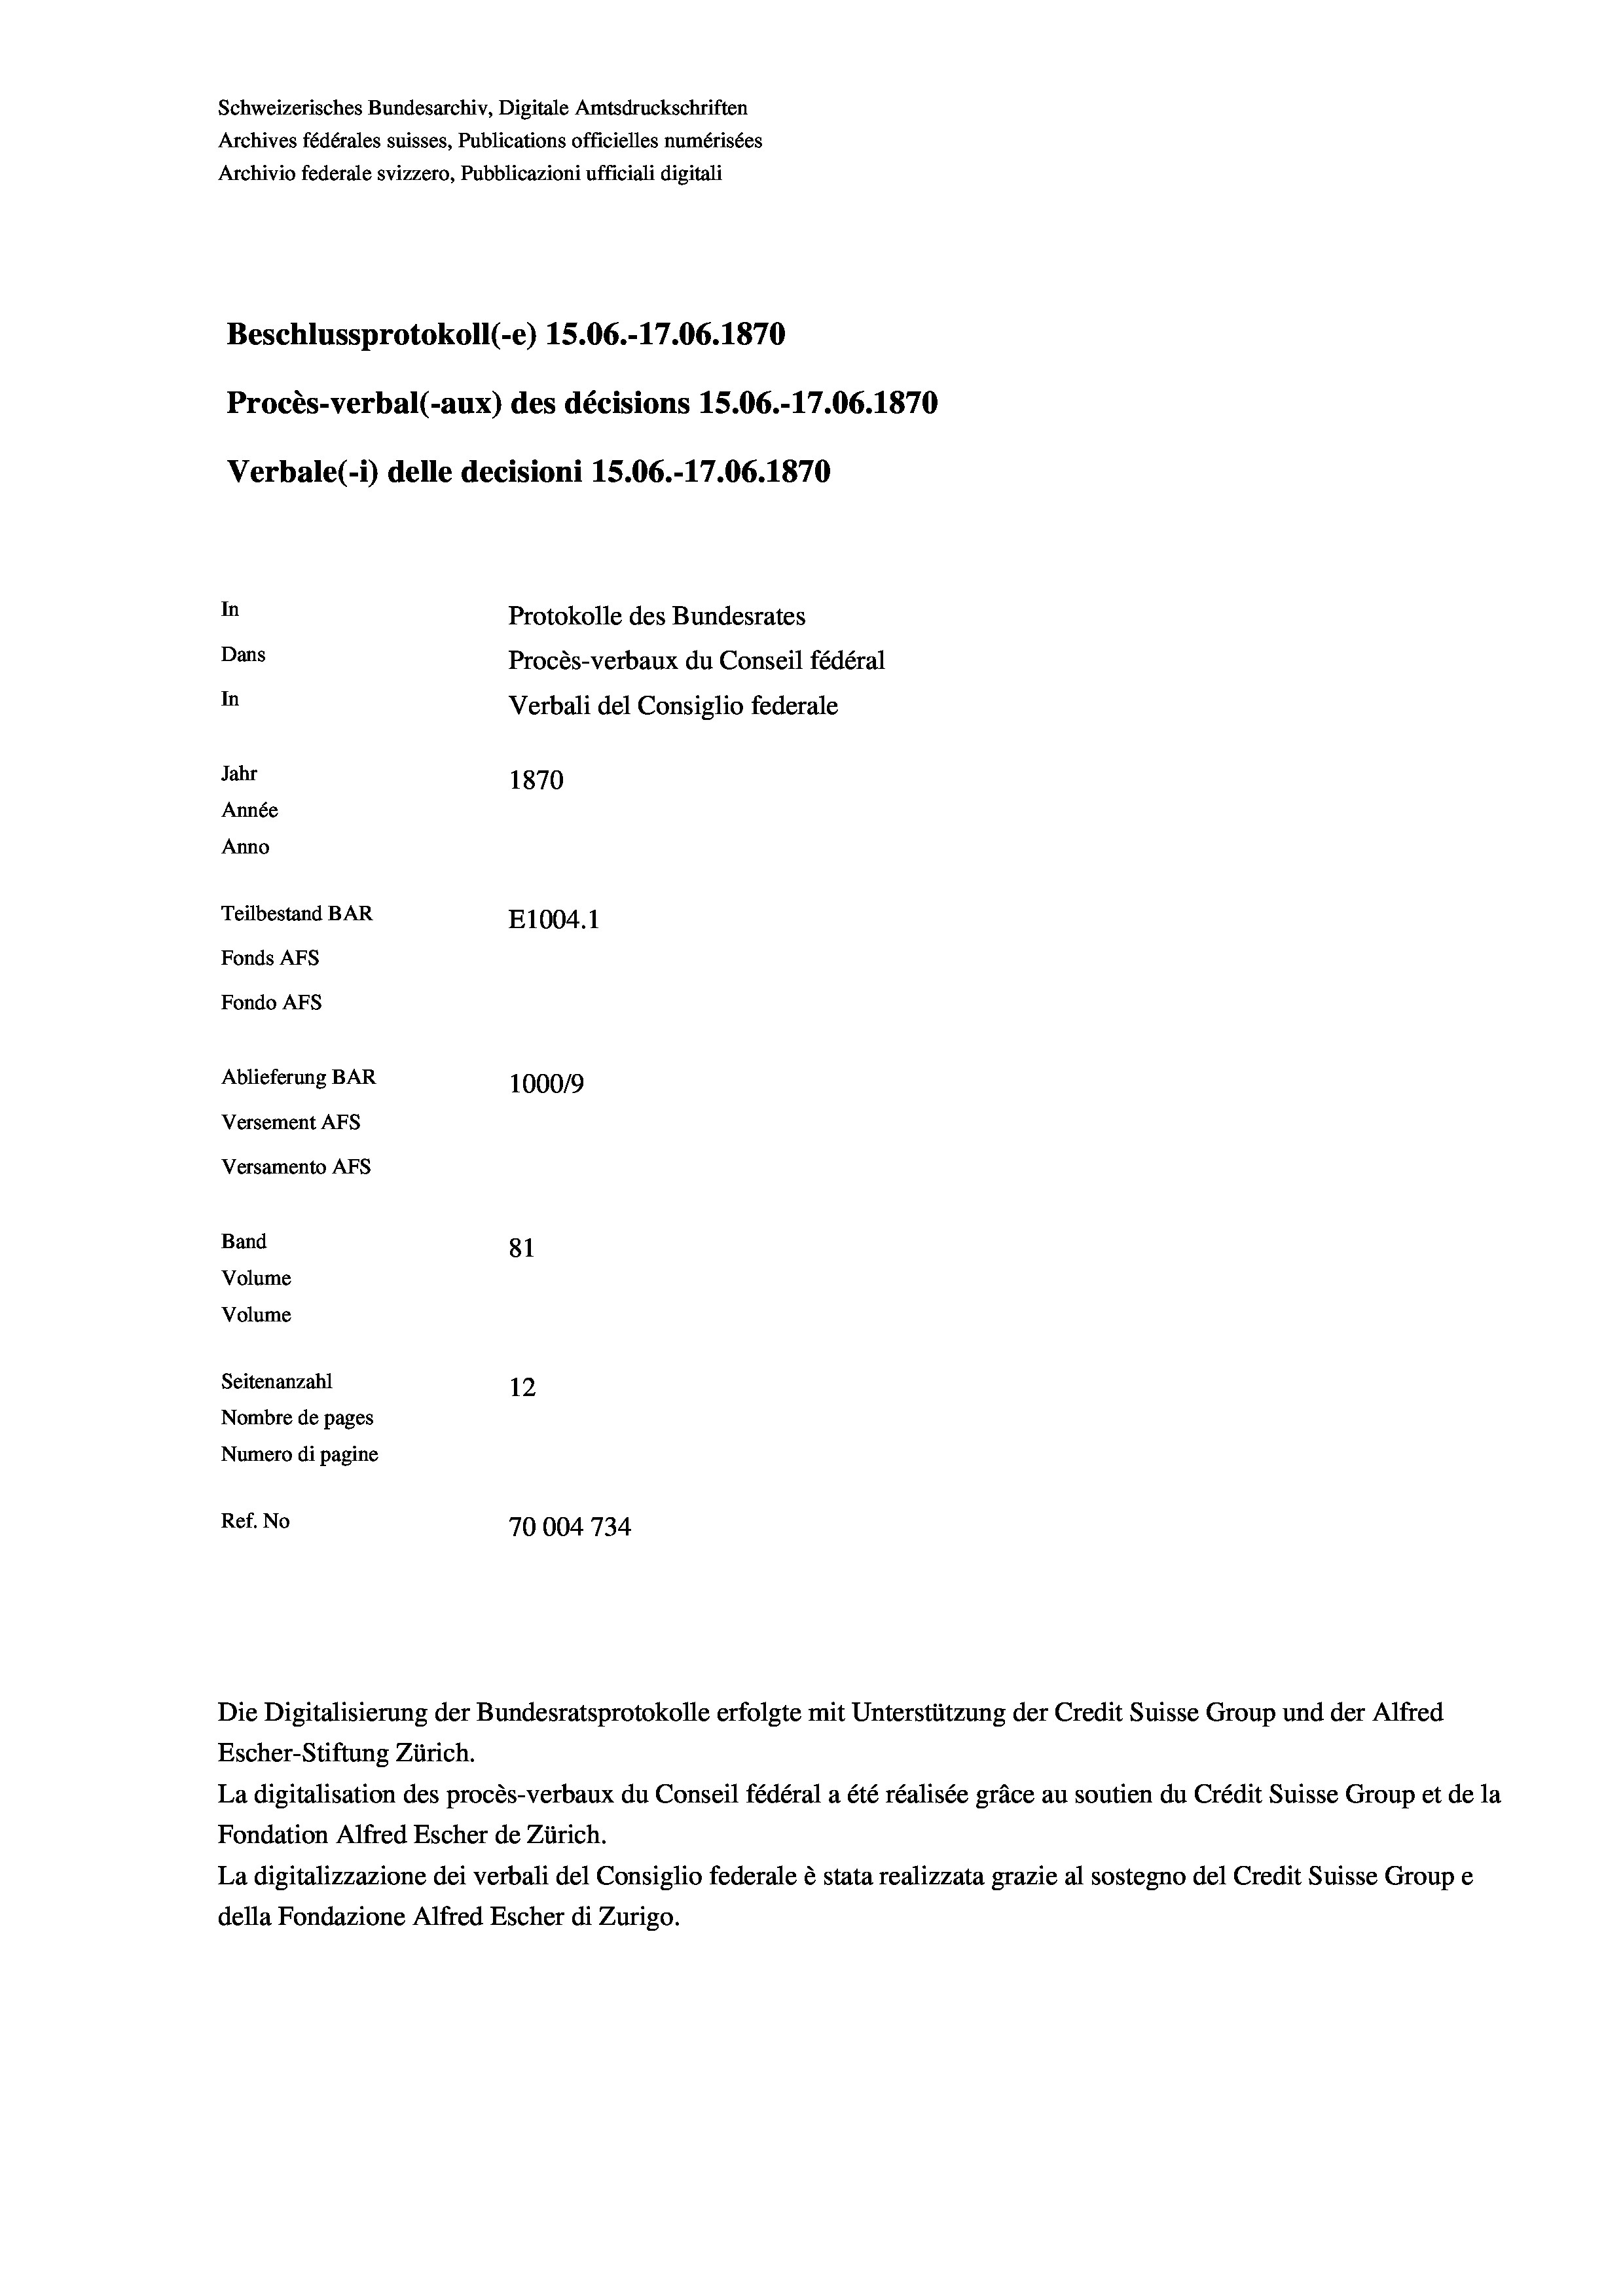
Schweizerisches Bundesarchiv, Digitale Amtsdruckschriften
Archives fédérales suisses, Publications officielles numérisées
Archivio federale svizzero, Pubblicazioni ufficiali digitali
Beschlussprotokoll (-e) 15.06.-17.06. 1870
Procès-verbal (-aux) des décisions 15.06.-17.06. 1870
Verbale (1) delle decisioni 1S.06.-17.06. 1870
In
Protokolle des Bundesrates
Dans
Procès-verbaux du Conseil fédéral
In
Verbali del Consiglio federale
Jahr
1870
Année
Anno
Teilbestand BAR
E1004. 1
Fonds AFs
Fondo AFs
Ablieferung BAR
100019
Versement AFs
Versamento Afs
Band
81
Volume

Volume
Seitenanzahl
12
Nombre de pages
Numero di pagine
Ref. No
70004734

Escher-Stiftung Zürich.
La digitalisation des procès-verbaux du Conseil fédéral a été réalisée gräce au soutien du Crédit Suisse Group et de la
Fondation Alfred Escher de Zürich.
La digitalizzazione dei verbali del Consiglio federale è stata realizzata grazie al sostegno del Credit Suisse Groupe
della Fondazione Alfred Escher di Zurigo.

Die Digitalisierung der Bundesratsprotokolle erfolgte mit Unterstützung der Credit Suisse Group und der Alfred